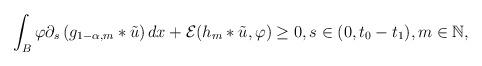
LaTeX: \begin{align*}\int_{B}\varphi\partial_{s}\left( g_{1-\alpha,m}*\tilde{u} \right)dx + \mathcal{E}(h_{m}*\tilde{u},\varphi) \geq 0, s\in(0,t_{0}-t_{1}), m\in\mathbb{N},\end{align*}